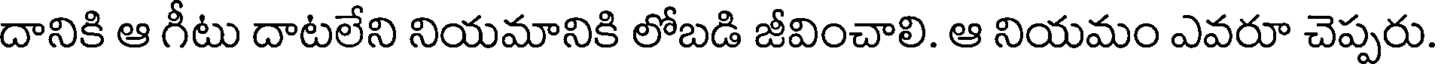
దానికి ఆ గీటు దాటలేని నియమానికి లోబడి జీవించాలి. ఆ నియమం ఎవరూ చెప్పరు